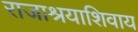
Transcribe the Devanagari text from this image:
राजाश्रयाशिवाय